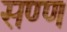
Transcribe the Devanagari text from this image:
सण्ण